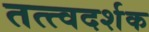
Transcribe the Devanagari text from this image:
तत्त्वदर्शक